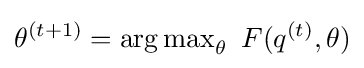
\theta ^{(t+1)}=\operatorname {arg\,max} _{\theta }\ F(q^{(t)},\theta )